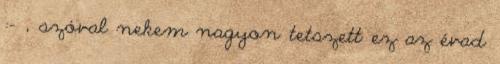
:- , szóval nekem nagyon tetszett ez az évad